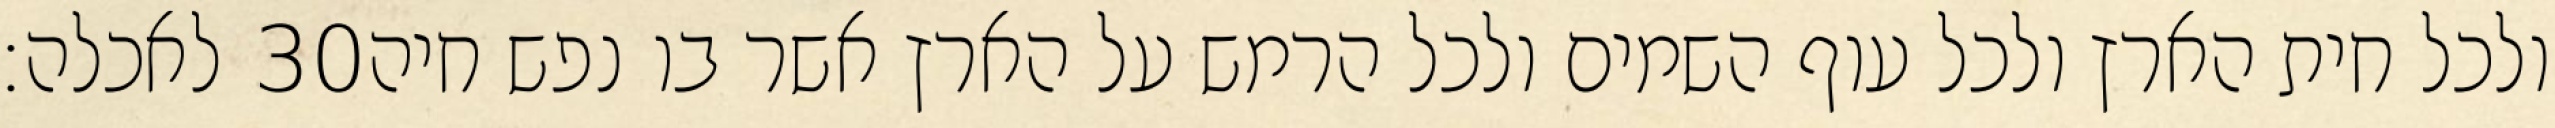
לאכלה׃ ‎30‏ ולכל חית הארץ ולכל עוף השמים ולכל הרמש על הארץ אשר בו נפש חיה